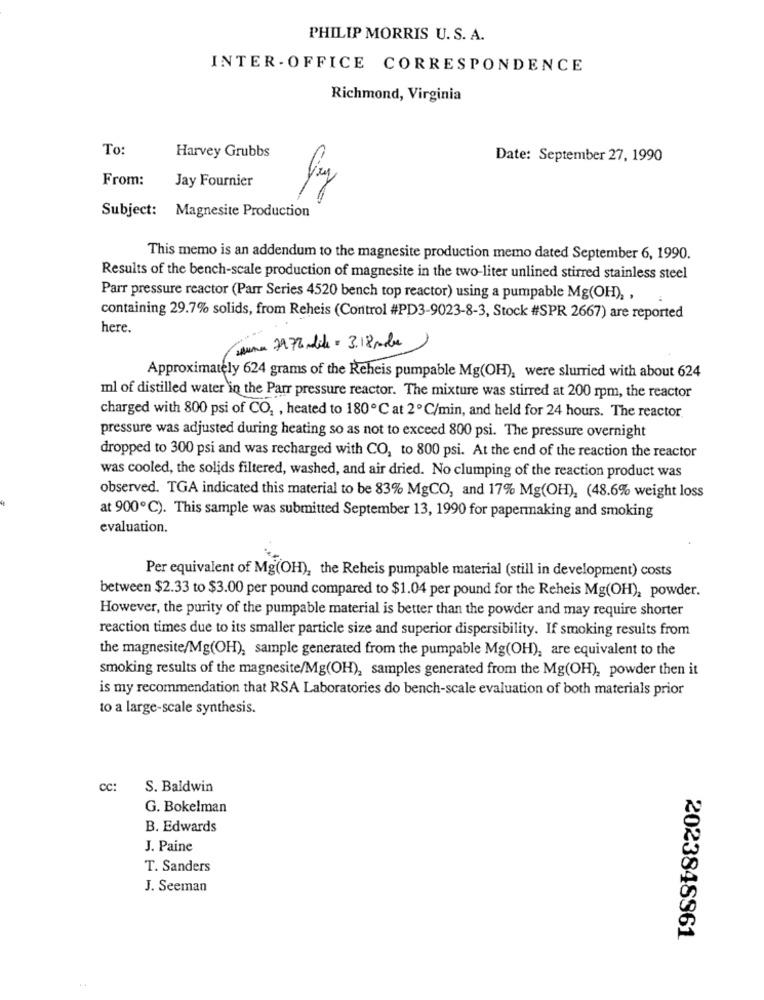
PHILIP MORRIS U. S. A.
INTER - OFFICE CORRESPONDENCE
Richmond, Virginia
To:
Harvey Grubbs
Date: September 27, 1990
From:
Jay Fournier
Subject: Magnesite Production
This memo is an addendum to the magnesite production memo dated September 6, 1990.
Results of the bench-scale production of magnesite in the two-liter unlined stirred stainless steel
Parr pressure reactor (Parr Series 4520 bench top reactor) using a pumpable Mg(OH), ,
containing 29.7% solids, from Reheis (Control #PD3-9023-8-3, Stock #SPR 2667) are reported
here.
June 29 77andile = 3.18 polis
Approximately 624 grams of the Reheis pumpable Mg(OH), were slurried with about 624
ml of distilled water in the Parr pressure reactor. The mixture was stirred at 200 rpm, the reactor
charged with 800 psi of CO, , heated to 180℃ at 2℃/min, and held for 24 hours. The reactor.
pressure was adjusted during heating so as not to exceed 800 psi. The pressure overnight
dropped to 300 psi and was recharged with CO, to 800 psi. At the end of the reaction the reactor
was cooled, the solids filtered, washed, and air dried. No clumping of the reaction product was
observed. TGA indicated this material to be 83% MgCO, and 17% Mg(OH), (48.6% weight loss
at 900℃). This sample was submitted September 13, 1990 for papermaking and smoking
evaluation.
Per equivalent of Mg(OH), the Reheis pumpable material (still in development) costs
between $2.33 to $3.00 per pound compared to $1.04 per pound for the Reheis Mg(OH), powder.
However, the purity of the pumpable material is better than the powder and may require shorter
reaction times due to its smaller particle size and superior dispersibility. If smoking results from
the magnesite/Mg(OH), sample generated from the pumpable Mg(OH), are equivalent to the
smoking results of the magnesite/Mg(OH), samples generated from the Mg(OH), powder then it
is my recommendation that RSA Laboratories do bench-scale evaluation of both materials prior
to a large-scale synthesis.
CC:
S. Baldwin
G. Bokelman
B. Edwards
J. Paine
T. Sanders
J. Seeman
2023848861